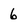
Character: 6